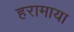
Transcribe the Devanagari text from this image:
हरामाया